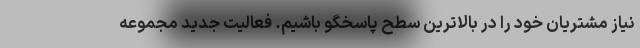
نیاز مشتریان خود را در بالاترین سطح پاسخگو باشیم. فعالیت جدید مجموعه